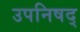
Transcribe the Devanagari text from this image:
उपनिषद्‍